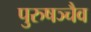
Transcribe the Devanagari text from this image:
पुरुषञ्चैव